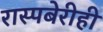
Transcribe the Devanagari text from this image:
रास्पबेरीही